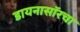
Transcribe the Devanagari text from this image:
डायनासॉरचा